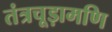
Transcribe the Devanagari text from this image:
तंत्रचूड़ामणि